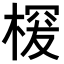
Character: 𣖒